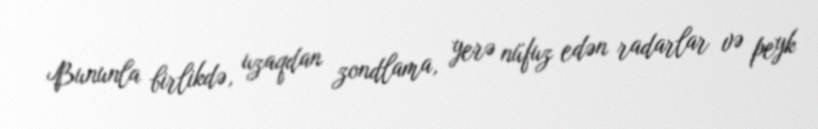
Bununla birlikdə, uzaqdan zondlama, yerə nüfuz edən radarlar və peyk